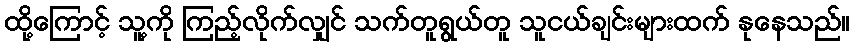
ထို့ကြောင့် သူ့ကို ကြည့်လိုက်လျှင် သက်တူရွယ်တူ သူငယ်ချင်းများထက် နုနေသည်။